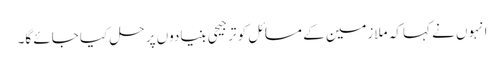
انہوں نے کہا کہ ملازمین کے مسائل کو ترجیحی بنیادوں پر حل کیا جائے گا۔